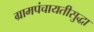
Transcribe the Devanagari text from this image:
ग्रामपंचायतीसुद्धा